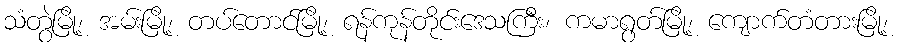
သံတွဲမြို့၊ အမ်းမြို့၊ တပ်တောင်မြို့၊ ရန်ကုန်တိုင်းဒေသကြီး၊ ကမာရွတ်မြို့၊ ကျောက်တံတားမြို့၊